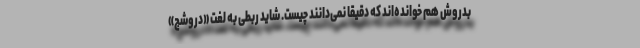
بِدروش هم خوانده‌اند که دقیقا نمی‌دانند چیست. شاید ربطی به لغت «دروشج»